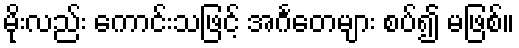
မိုးလည်း ကောင်းသဖြင့် အင်္ဂတေများ စပ်၍ မဖြစ်။